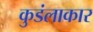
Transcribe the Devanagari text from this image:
कुडंलाकार